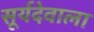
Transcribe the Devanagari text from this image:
सूर्यदेवाला